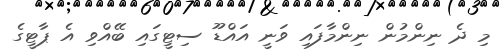
މި ދެ ނިންމުން ނިންމާފައި ވަނީ އައްޑޫ ސިޓީގައި ބޭއްވި އެ ޕާޓީގެ